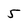
Character: 5